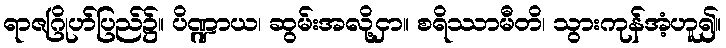
ရာဇဂြိုဟ်ပြည်၌။ ပိဏ္ဍာယ၊ ဆွမ်းအလို့ငှာ။ စရိဿာမီတိ၊ သွားကုန်အံ့ဟူ၍။